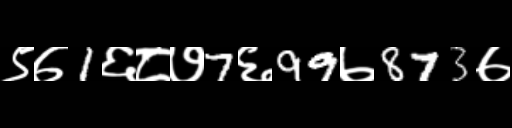
Text: ९७1६८७7६99७873७